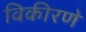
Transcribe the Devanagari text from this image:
विकीरणे